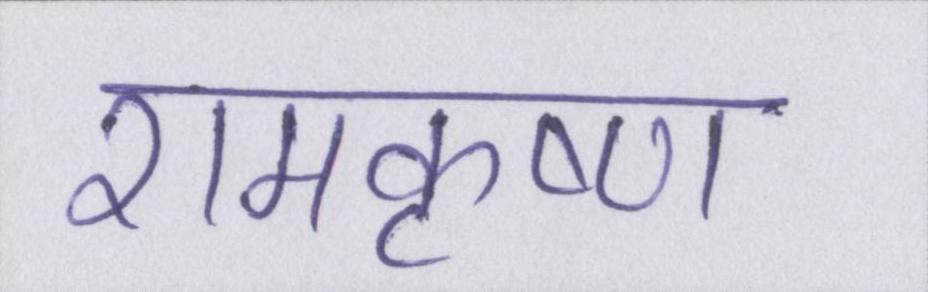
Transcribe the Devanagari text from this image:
रामकृष्ण